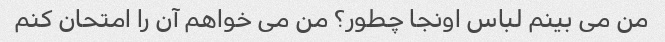
من می بینم لباس اونجا چطور؟ من می خواهم آن را امتحان کنم